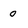
Character: o